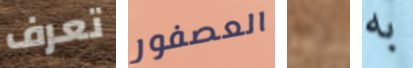
تعرف العصفور أوه به